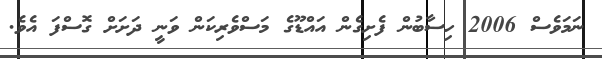
ނަމަވެސް 2006 ހިސާބުން ފެށިގެން އައްޑޫގެ މަސްވެރިކަން ވަނީ ދަށަށް ގޮސްފަ އެވެ.